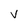
Character: v